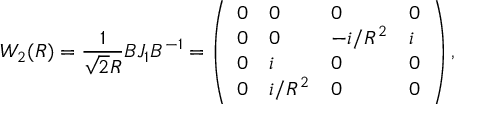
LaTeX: W _ { 2 } ( R ) = { \frac { 1 } { \sqrt { 2 } R } } B J _ { 1 } B ^ { - 1 } = \left( \begin{array} { l l l l } { { 0 } } & { { 0 } } & { { 0 } } & { { 0 } } \\ { { 0 } } & { { 0 } } & { { - i / R ^ { 2 } } } & { { i } } \\ { { 0 } } & { { i } } & { { 0 } } & { { 0 } } \\ { { 0 } } & { { i / R ^ { 2 } } } & { { 0 } } & { { 0 } } \end{array} \right) ,